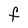
Character: F